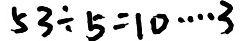
5 3 \div 5 = 1 0 \cdots 3